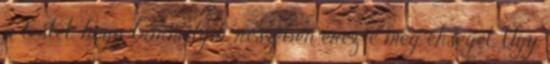
a testét, hogy bármelyik részében érez-e még éhséget. Úgy